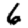
Digit: 6